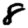
Digit: 8